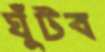
ঘুঁটব